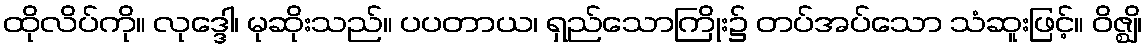
ထိုလိပ်ကို။ လုဒ္ဒေါ၊ မုဆိုးသည်။ ပပတာယ၊ ရှည်သောကြိုး၌ တပ်အပ်သော သံဆူးဖြင့်။ ဝိဇ္ဈိ၊